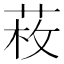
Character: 𦲲